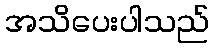
အသိပေးပါသည်